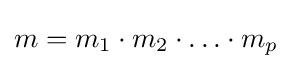
m=m_{1}\cdot m_{2}\cdot \ldots \cdot m_{p}